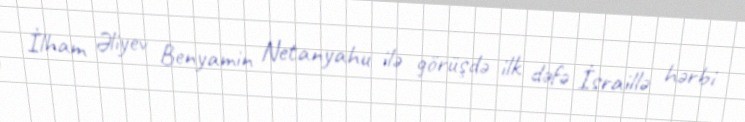
İlham Əliyev Benyamin Netanyahu ilə görüşdə ilk dəfə İsraillə hərbi